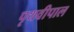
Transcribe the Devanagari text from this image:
पृथवीपाल